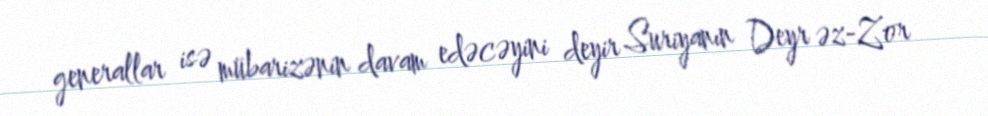
generallar isə mübarizənin davam edəcəyini deyir Suriyanın Deyr əz-Zor